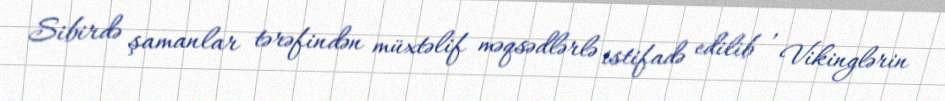
Sibirdə şamanlar tərəfindən müxtəlif məqsədlərlə istifadə edilib , Vikinglərin